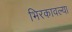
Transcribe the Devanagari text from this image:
भिरकावल्या